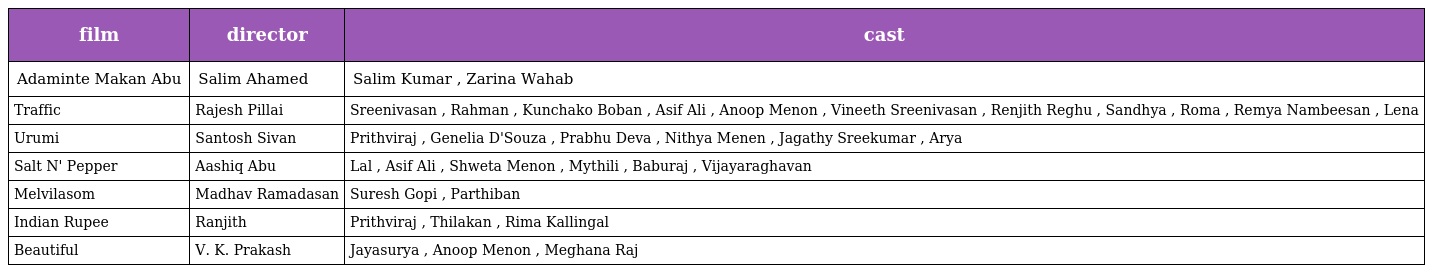
| film | director | cast |
 | --- | --- | --- |
 | Adaminte Makan Abu | Salim Ahamed | Salim Kumar , Zarina Wahab |
 | Traffic | Rajesh Pillai | Sreenivasan , Rahman , Kunchako Boban , Asif Ali , Anoop Menon , Vineeth Sreenivasan , Renjith Reghu , Sandhya , Roma , Remya Nambeesan , Lena |
 | Urumi | Santosh Sivan | Prithviraj , Genelia D'Souza , Prabhu Deva , Nithya Menen , Jagathy Sreekumar , Arya |
 | Salt N' Pepper | Aashiq Abu | Lal , Asif Ali , Shweta Menon , Mythili , Baburaj , Vijayaraghavan |
 | Melvilasom | Madhav Ramadasan | Suresh Gopi , Parthiban |
 | Indian Rupee | Ranjith | Prithviraj , Thilakan , Rima Kallingal |
 | Beautiful | V. K. Prakash | Jayasurya , Anoop Menon , Meghana Raj |